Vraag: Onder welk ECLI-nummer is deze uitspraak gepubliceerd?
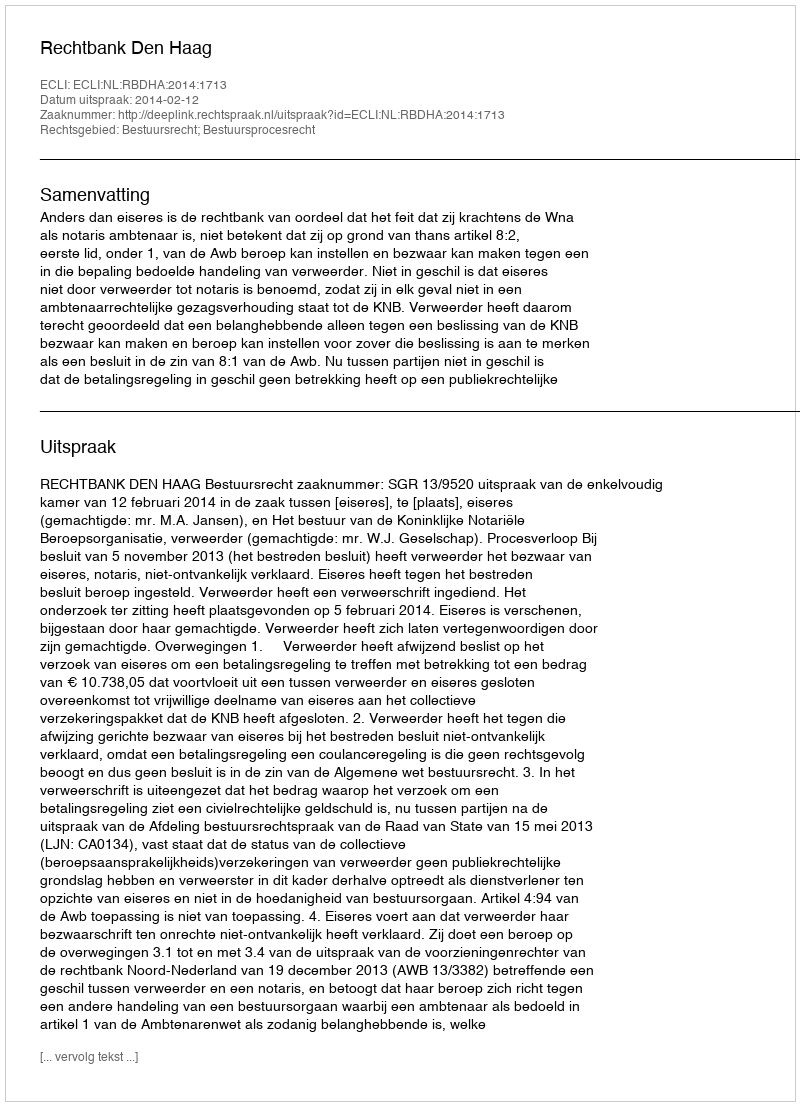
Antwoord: ECLI:NL:RBDHA:2014:1713